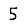
Digit: 5